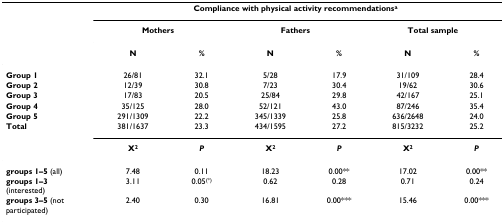
<table><thead><tr><td>[EMPTY_CELL]</td><td colspan="6"><b>Compliance with physical activity recommendations<sup>a</sup></b></td></tr><tr><td>[EMPTY_CELL]</td><td colspan="2"><b>Mothers</b></td><td colspan="2"><b>Fathers</b></td><td colspan="2"><b>Total sample</b></td></tr><tr><td>[EMPTY_CELL]</td><td><b>N</b></td><td><b>%</b></td><td><b>N</b></td><td><b>%</b></td><td><b>N</b></td><td><b>%</b></td></tr></thead><tbody><tr><td><b>Group 1</b></td><td>26/81</td><td>32.1</td><td>5/28</td><td>17.9</td><td>31/109</td><td>28.4</td></tr><tr><td><b>Group 2</b></td><td>12/39</td><td>30.8</td><td>7/23</td><td>30.4</td><td>19/62</td><td>30.6</td></tr><tr><td><b>Group 3</b></td><td>17/83</td><td>20.5</td><td>25/84</td><td>29.8</td><td>42/167</td><td>25.1</td></tr><tr><td><b>Group 4</b></td><td>35/125</td><td>28.0</td><td>52/121</td><td>43.0</td><td>87/246</td><td>35.4</td></tr><tr><td><b>Group 5</b></td><td>291/1309</td><td>22.2</td><td>345/1339</td><td>25.8</td><td>636/2648</td><td>24.0</td></tr><tr><td><b>Total</b></td><td>381/1637</td><td>23.3</td><td>434/1595</td><td>27.2</td><td>815/3232</td><td>25.2</td></tr><tr><td>[EMPTY_CELL]</td><td><b>X<sup><b>2</b></sup></b></td><td><b><i>P</i></b></td><td><b>X<sup><b>2</b></sup></b></td><td><b><i>P</i></b></td><td><b>X<sup><b>2</b></sup></b></td><td><b><i>P</i></b></td></tr><tr><td><b>groups 1–5 </b>(all)</td><td>7.48</td><td>0.11</td><td>18.23</td><td>0.00**</td><td>17.02</td><td>0.00**</td></tr><tr><td><b>groups 1–3 </b>(interested)</td><td>3.11</td><td>0.05<sup>(*)</sup></td><td>0.62</td><td>0.28</td><td>0.71</td><td>0.24</td></tr><tr><td><b>groups 3–5 </b>(not participated)</td><td>2.40</td><td>0.30</td><td>16.81</td><td>0.00***</td><td>15.46</td><td>0.00***</td></tr></tbody></table>